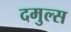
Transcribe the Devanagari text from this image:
दमुल्स